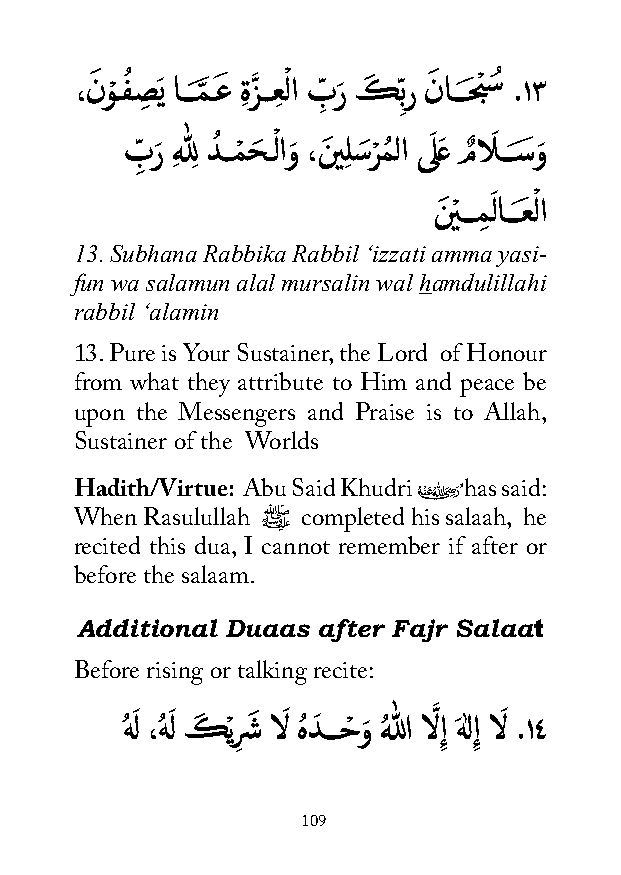
،نَ وْ ـفُ صِ َي اـــمَّ ـعَ ةِ زَّ ــعِ ْ لا بِّ رَ كَ ِّبر نَ اـــحَبْ سُ .١٣
 بِّ رَ ِهلِل دُ ــمْ حَ ـْ لاوَ ،نَ يِلسَرْ مُ لا ىَ لعَ مٌ الَ ـــسَوَ
 َ ْ
 نَ ْيـــمِ لاـــعَ لا
 13. Subhana Rabbika Rabbil ‘izzati amma yasi-
 fun wa salamun alal mursalin wal hamdulillahi
 rabbil ‘alamin
 13. Pure is Your Sustainer, the Lord of Honour
 from what they attribute to Him and peace be
 upon the Messengers and Praise is to Allah,
 Sustainer of the Worlds
 Hadith/Virtue: Abu Said Khudri �ُ has said:
 When Rasulullah ﷺ completed his salaah, he
 recited this dua, I cannot remember if after or
 before the salaam.
 Additional Duaas after Fajr Salaat
 Before rising or talking recite:
 هُ لَ ،هُ لَ كَ ْيرِ شَ الَ هُ دَ ـــحْ وَ هُ للا الَّ ِإ هَ ٰلِإ الَ .١٤
 109